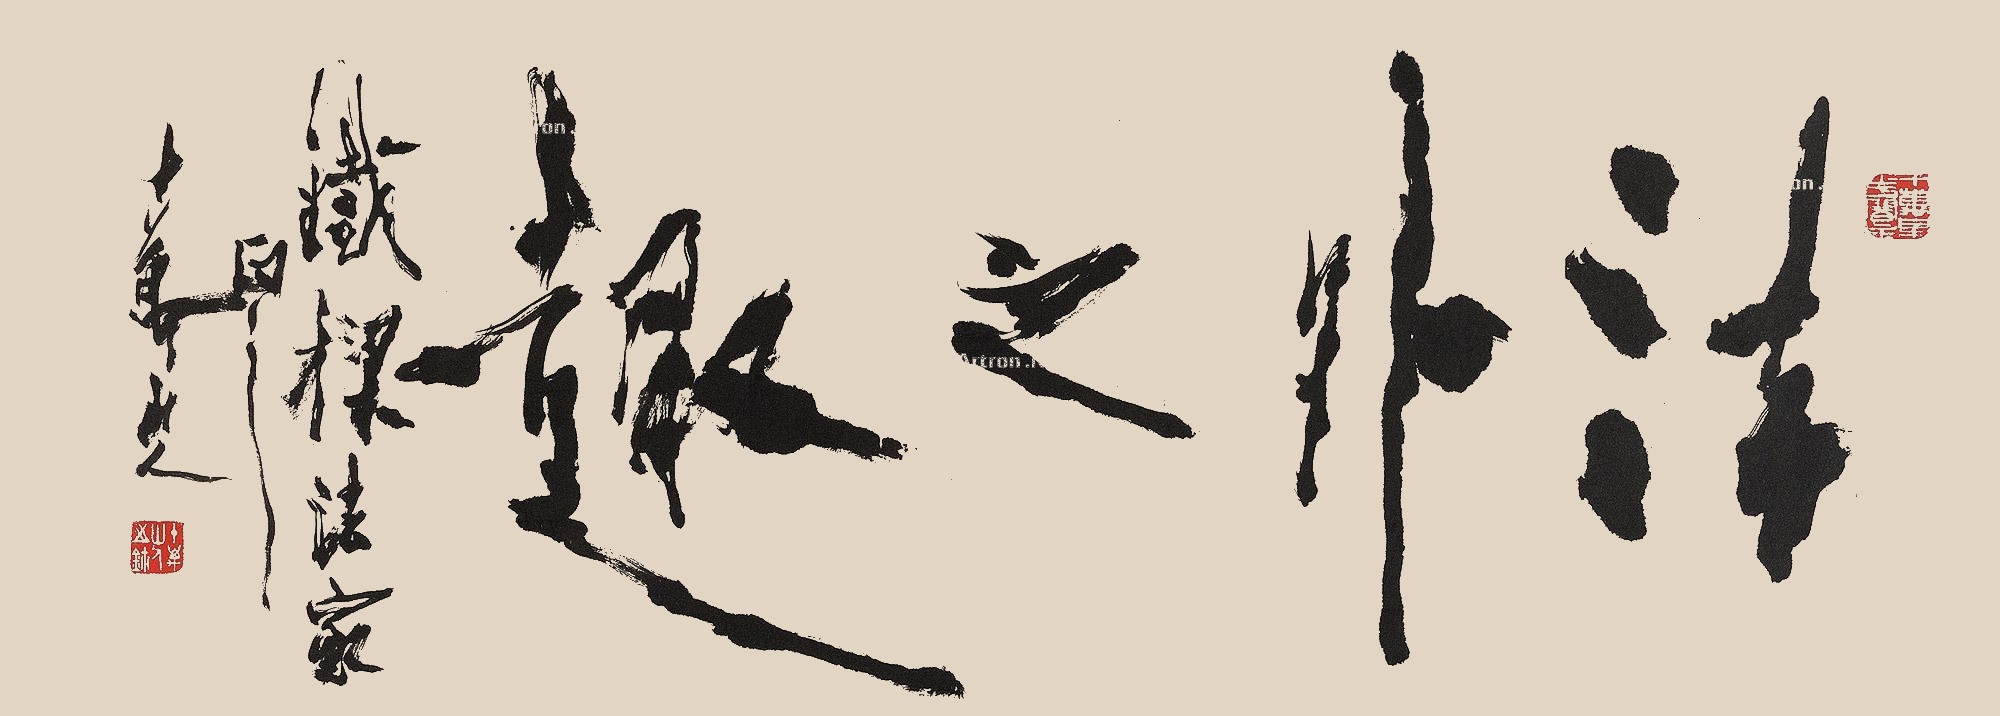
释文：法外之趣铁梁法家正之。十万山人。